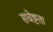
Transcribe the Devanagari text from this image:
सचेष्टता